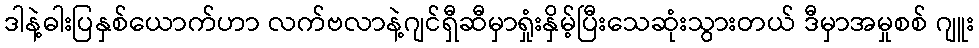
ဒါနဲ့ဓါးပြနှစ်ယောက်ဟာ လက်ဗလာနဲ့ဂျင်ရှီဆီမှာရှုံးနှိမ့်ပြီးသေဆုံးသွားတယ် ဒီမှာအမှုစစ် ဂျူး